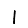
Digit: 1